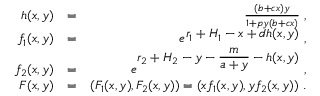
\begin{array} { r l r } { h ( x , y ) } & { = } & { \frac { ( b + c x ) y } { 1 + p y ( b + c x ) } \; , } \\ { f _ { 1 } ( x , y ) } & { = } & { e ^ { \displaystyle r _ { 1 } + H _ { 1 } - x + d h ( x , y ) } \; , } \\ { f _ { 2 } ( x , y ) } & { = } & { e ^ { \displaystyle r _ { 2 } + H _ { 2 } - y - \frac { m } { a + y } - h ( x , y ) } \; , } \\ { F ( x , y ) } & { = } & { ( F _ { 1 } ( x , y ) , F _ { 2 } ( x , y ) ) = ( x f _ { 1 } ( x , y ) , y f _ { 2 } ( x , y ) ) \; . } \end{array}